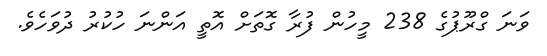
ވަނަ ގްރޫޕުގެ 238 މީހުން ފުރާ ގޮތަށް އޮތީ އަންނަ ހުކުރު ދުވަހެވެ.